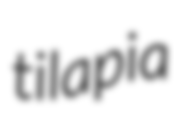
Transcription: tilapia